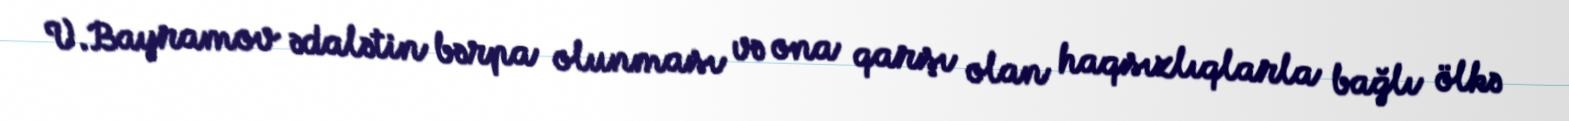
V.Bayramov ədalətin bərpa olunması və ona qarşı olan haqsızlıqlarla bağlı ölkə